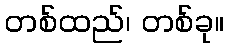
တစ်ထည်၊ တစ်ခု။